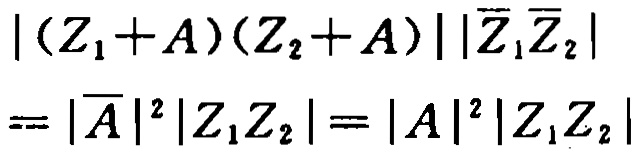
\[
\begin{align*}
|(Z_1 + A)(Z_2 + A)||\overline{Z}_1\overline{Z}_2|\\
=|\overline{A}|^2|Z_1Z_2| = |A|^2|Z_1Z_2|
\end{align*}
\]